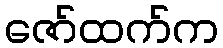
ဇော်ထက်က